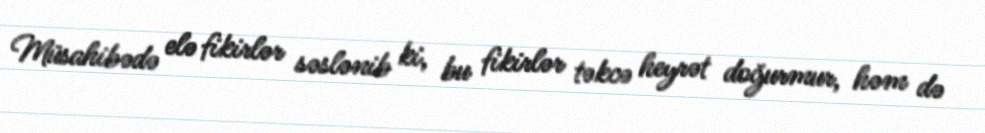
Müsahibədə elə fikirlər səslənib ki, bu fikirlər təkcə heyrət doğurmur, həm də